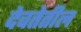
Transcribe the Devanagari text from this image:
देवतेतील